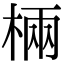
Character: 𣓈